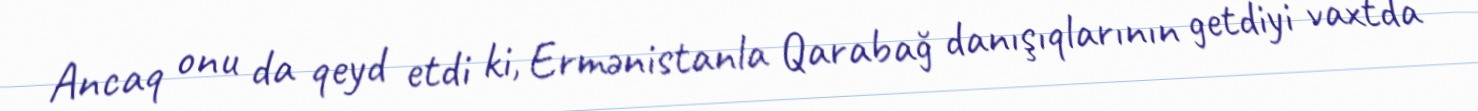
Ancaq onu da qeyd etdi ki, Ermənistanla Qarabağ danışıqlarının getdiyi vaxtda